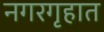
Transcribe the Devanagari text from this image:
नगरगृहात